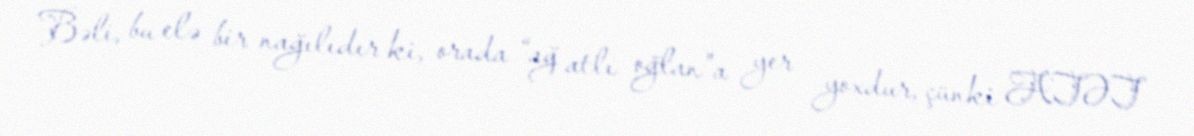
Bəli, bu elə bir nağılıdır ki, orada “ağ atlı oğlan”a yer yoxdur, çünki ATƏT